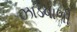
ઝાડવાળી